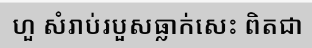
ហួ សំរាប់របួសធ្លាក់សេះ ពិតជា